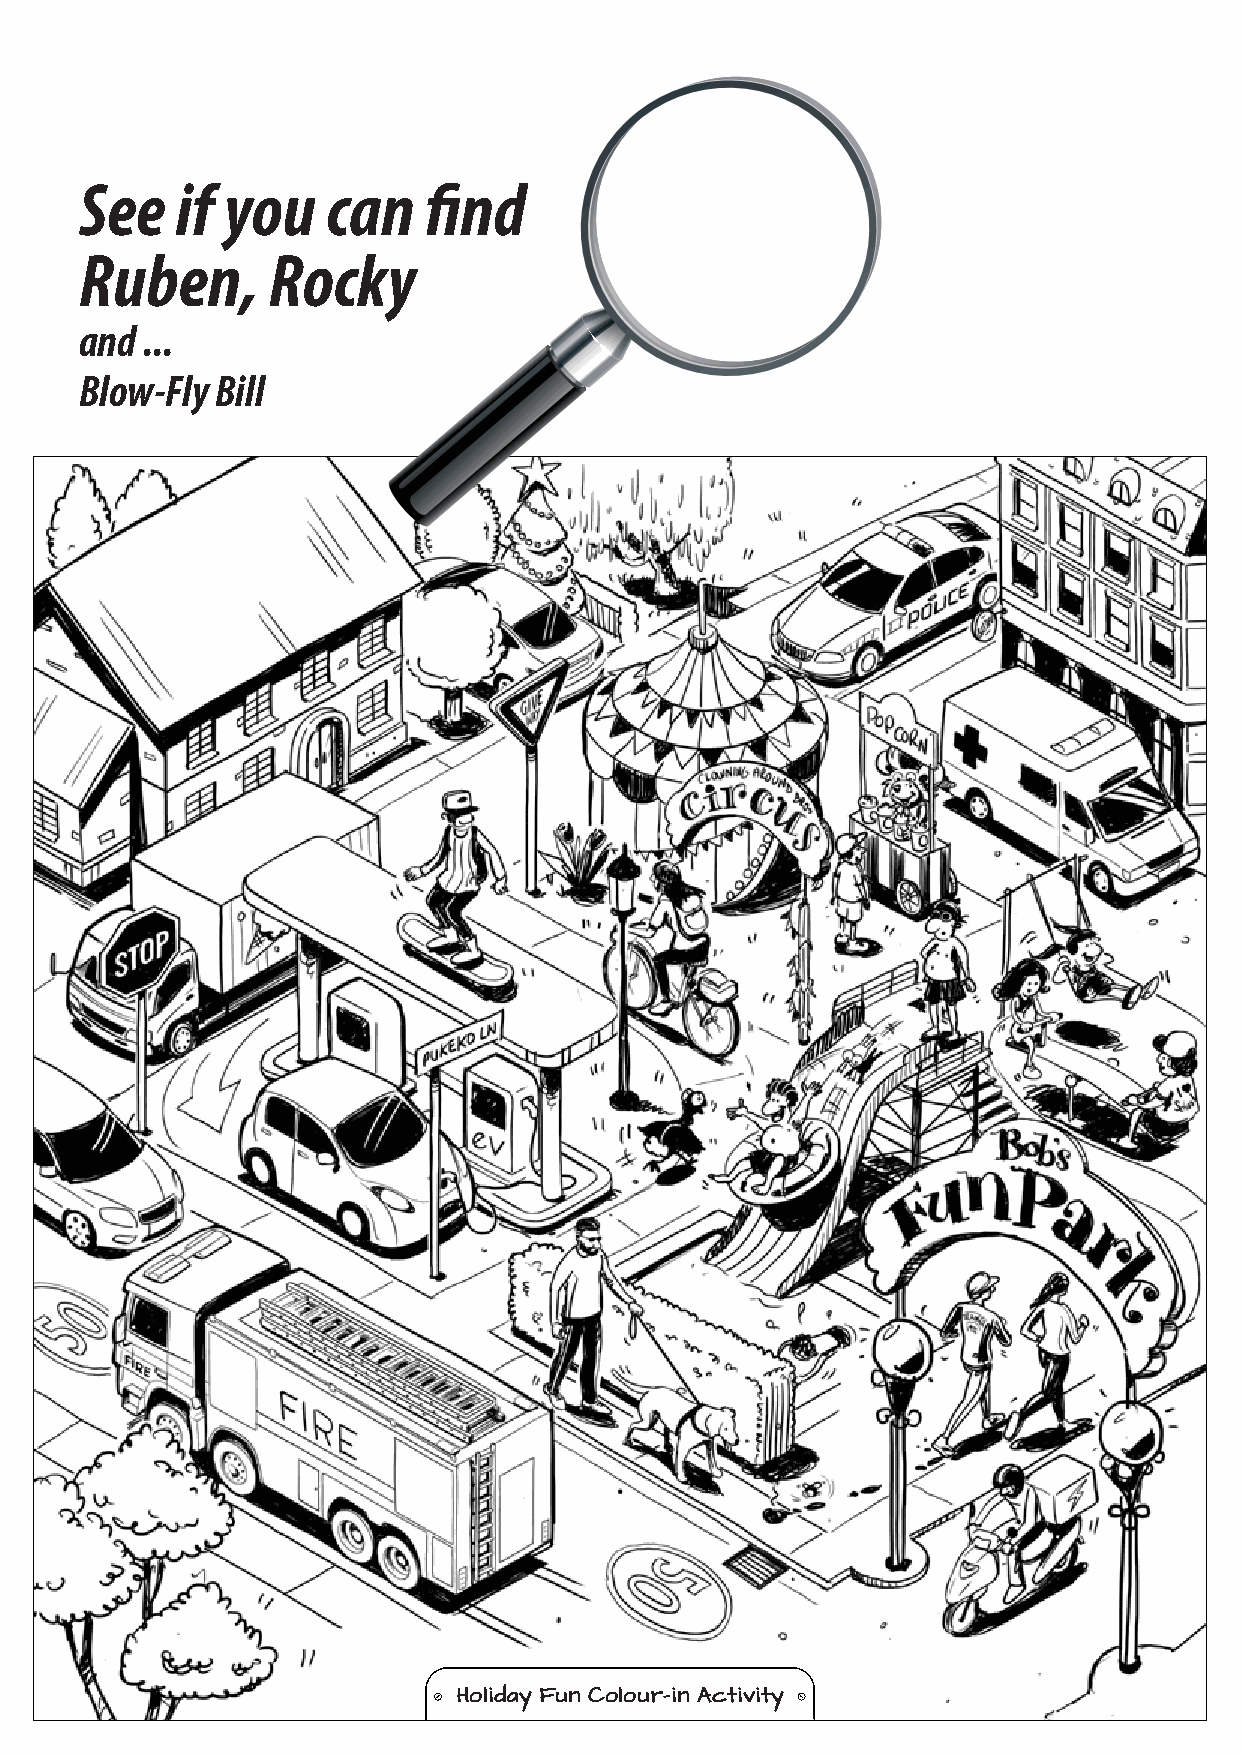
See    if you    can   find
 Ruben,       Rocky
 and ...
 Blow-Fly Bill
 Holiday Fun Colour-in Activity